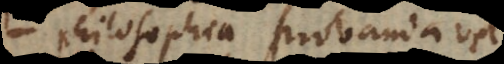
philosophia probanda vel